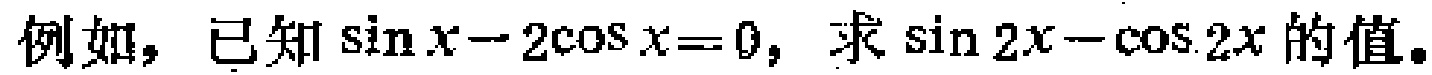
例如，已知\(\sin x - 2\cos x = 0\)，求\(\sin 2x - \cos 2x\)的值。